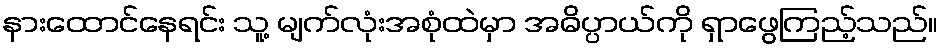
နားထောင်နေရင်း သူ့ မျက်လုံးအစုံထဲမှာ အဓိပ္ပာယ်ကို ရှာဖွေကြည့်သည်။